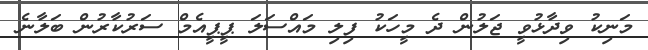
މަނިކު ވިދާޅުވީ ޖަލުން ދެ މީހަކު ފިލި މައްސަލަ ޕީޕީއެމް ސަރުކާރުން ބަލާނެ